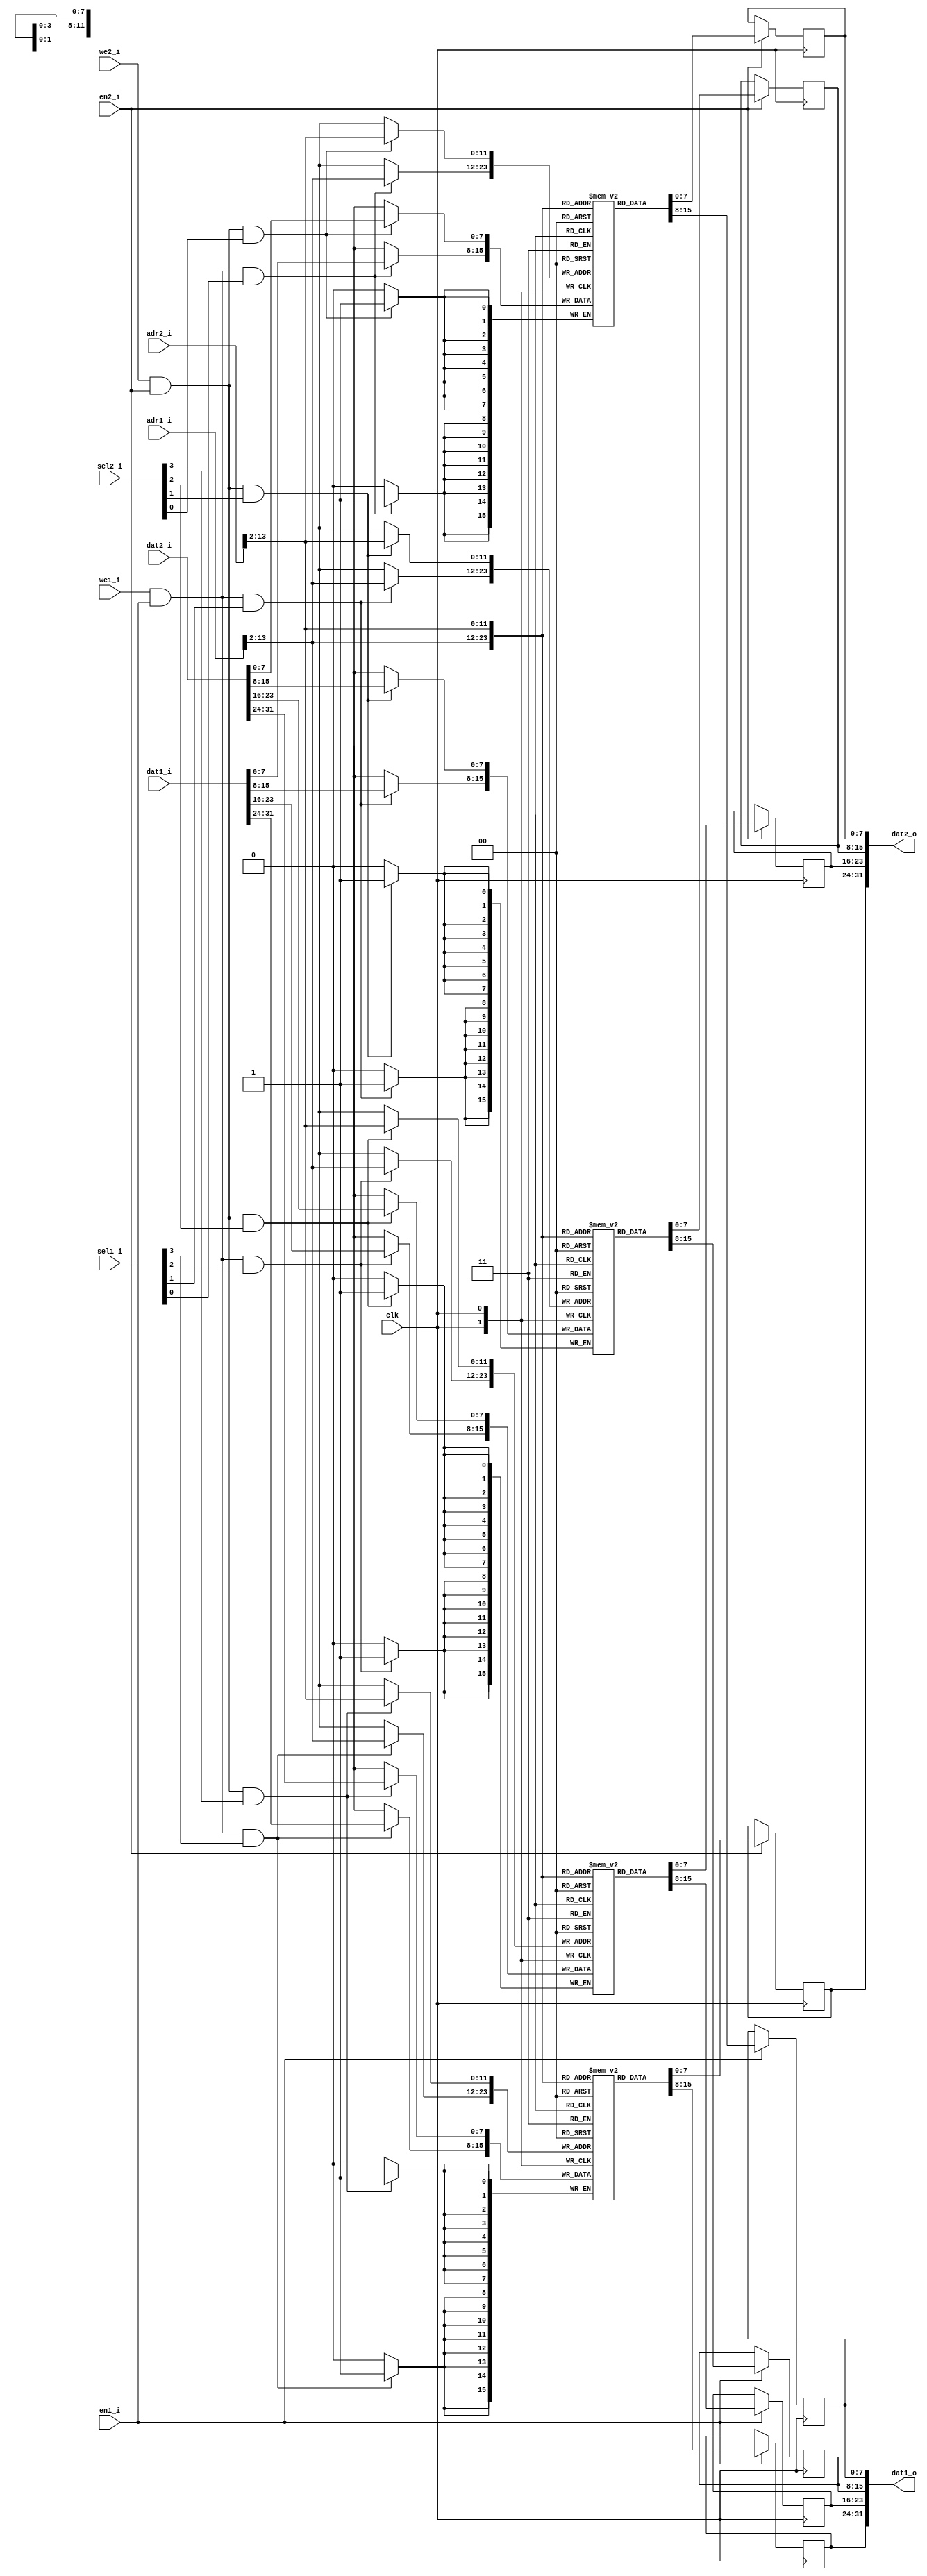
//
// Copyright 2011 Ettus Research LLC
//
// This program is free software: you can redistribute it and/or modify
// it under the terms of the GNU General Public License as published by
// the Free Software Foundation, either version 3 of the License, or
// (at your option) any later version.
//
// This program is distributed in the hope that it will be useful,
// but WITHOUT ANY WARRANTY; without even the implied warranty of
// MERCHANTABILITY or FITNESS FOR A PARTICULAR PURPOSE.  See the
// GNU General Public License for more details.
//
// You should have received a copy of the GNU General Public License
// along with this program.  If not, see <http://www.gnu.org/licenses/>.
//


// Dual ported RAM
//    Addresses are byte-oriented, so botton 2 address bits are ignored.
//    AWIDTH of 13 allows you to address 8K bytes.  
//    For Spartan 3, if the total RAM size is not a multiple of 8K then BRAM space is wasted
// RAM_SIZE parameter allows odd-sized RAMs, like 24K

module dpram32 #(parameter AWIDTH=15, 
		 parameter RAM_SIZE=16384)
  (input clk,
   
   input [AWIDTH-1:0] adr1_i,
   input [31:0] dat1_i,
   output reg [31:0] dat1_o,
   input we1_i,
   input en1_i,
   input [3:0] sel1_i,

   input [AWIDTH-1:0] adr2_i,
   input [31:0] dat2_i,
   output reg [31:0] dat2_o,
   input we2_i,
   input en2_i,
   input [3:0] sel2_i );
   
   reg [7:0]   ram0 [0:(RAM_SIZE/4)-1];
   reg [7:0]   ram1 [0:(RAM_SIZE/4)-1];
   reg [7:0]   ram2 [0:(RAM_SIZE/4)-1];
   reg [7:0]   ram3 [0:(RAM_SIZE/4)-1];

   //  This is how we used to size the RAM -->  
   //      reg [7:0]   ram3 [0:(1<<(AWIDTH-2))-1];
   
   // Port 1
   always @(posedge clk)
     if(en1_i) dat1_o[31:24] <= ram3[adr1_i[AWIDTH-1:2]];
   always @(posedge clk)
     if(en1_i) dat1_o[23:16] <= ram2[adr1_i[AWIDTH-1:2]];
   always @(posedge clk)
     if(en1_i) dat1_o[15:8] <= ram1[adr1_i[AWIDTH-1:2]];
   always @(posedge clk)
     if(en1_i) dat1_o[7:0] <= ram0[adr1_i[AWIDTH-1:2]];
   
   always @(posedge clk)
     if(we1_i & en1_i & sel1_i[3])
       ram3[adr1_i[AWIDTH-1:2]] <= dat1_i[31:24];
   always @(posedge clk)
     if(we1_i & en1_i & sel1_i[2])
       ram2[adr1_i[AWIDTH-1:2]] <= dat1_i[23:16];
   always @(posedge clk)
     if(we1_i & en1_i & sel1_i[1])
       ram1[adr1_i[AWIDTH-1:2]] <= dat1_i[15:8];
   always @(posedge clk)
     if(we1_i & en1_i & sel1_i[0])
       ram0[adr1_i[AWIDTH-1:2]] <= dat1_i[7:0];
   
   // Port 2
   always @(posedge clk)
     if(en2_i) dat2_o[31:24] <= ram3[adr2_i[AWIDTH-1:2]];
   always @(posedge clk)
     if(en2_i) dat2_o[23:16] <= ram2[adr2_i[AWIDTH-1:2]];
   always @(posedge clk)
     if(en2_i) dat2_o[15:8] <= ram1[adr2_i[AWIDTH-1:2]];
   always @(posedge clk)
     if(en2_i) dat2_o[7:0] <= ram0[adr2_i[AWIDTH-1:2]];
   
   always @(posedge clk)
     if(we2_i & en2_i & sel2_i[3])
       ram3[adr2_i[AWIDTH-1:2]] <= dat2_i[31:24];
   always @(posedge clk)
     if(we2_i & en2_i & sel2_i[2])
       ram2[adr2_i[AWIDTH-1:2]] <= dat2_i[23:16];
   always @(posedge clk)
     if(we2_i & en2_i & sel2_i[1])
       ram1[adr2_i[AWIDTH-1:2]] <= dat2_i[15:8];
   always @(posedge clk)
     if(we2_i & en2_i & sel2_i[0])
       ram0[adr2_i[AWIDTH-1:2]] <= dat2_i[7:0];
   
endmodule // dpram32